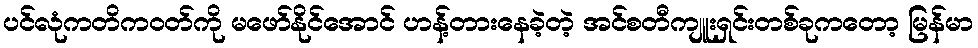
ပင်လုံကတိကဝတ်ကို မဖော်နိုင်အောင် ဟန့်တားနေခဲ့တဲ့ အင်စတီကျူးရှင်းတစ်ခုကတော့ မြန်မာ